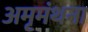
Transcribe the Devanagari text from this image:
अमृमंथना